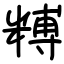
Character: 糐